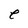
Character: e